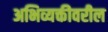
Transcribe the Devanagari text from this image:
अभिव्यक्तीवरील